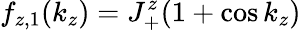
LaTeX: f_{z,1}(k_{z})=J_{+}^{z}(1+\cos k_{z})